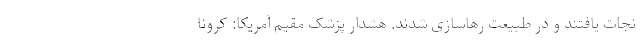
نجات یافتند و در طبیعت رهاسازی شدند. هشدار پزشک مقیم آمریکا: کرونا